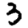
Digit: 3